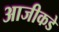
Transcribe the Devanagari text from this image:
आजीकडे